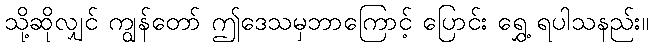
သို့ဆိုလျှင် ကျွန်တော် ဤဒေသမှဘာကြောင့် ပြောင်း ရွှေ့ ရပါသနည်း။